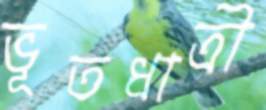
ভূতধাত্রী